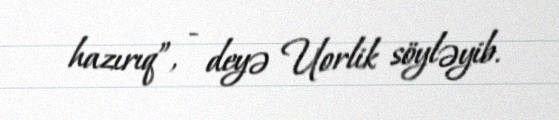
hazırıq”, - deyə Uorlik söyləyib.